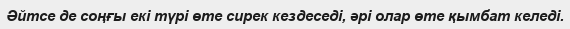
Әйтсе де соңғы екі түрі өте сирек кездеседі, әрі олар өте қымбат келеді.